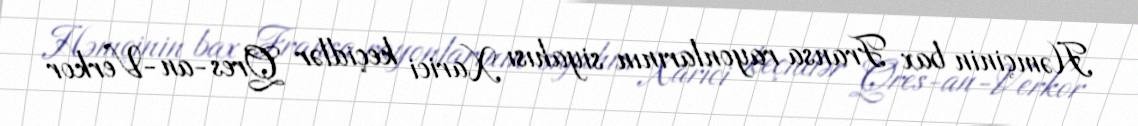
Həmçinin bax Fransa rayonlarının siyahısı Xarici keçidlər Qres-an-Verkor